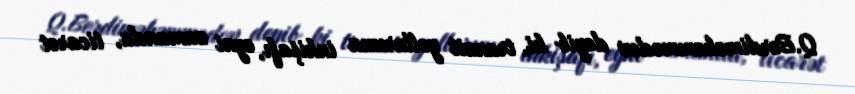
Q.Berdiməhəmmədov deyib ki, tranzit yollarının inkişafı, eyni zamanda, ticarət